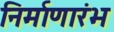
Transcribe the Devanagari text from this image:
निर्माणारंभ